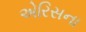
એરિસના